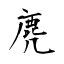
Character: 麂